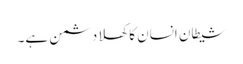
شیطان انسان کا کھلا دشمن ہے۔